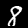
Digit: 8